Rangoon Lunatic Asylum 1893-1897 - 1893-1897
Year: 1893
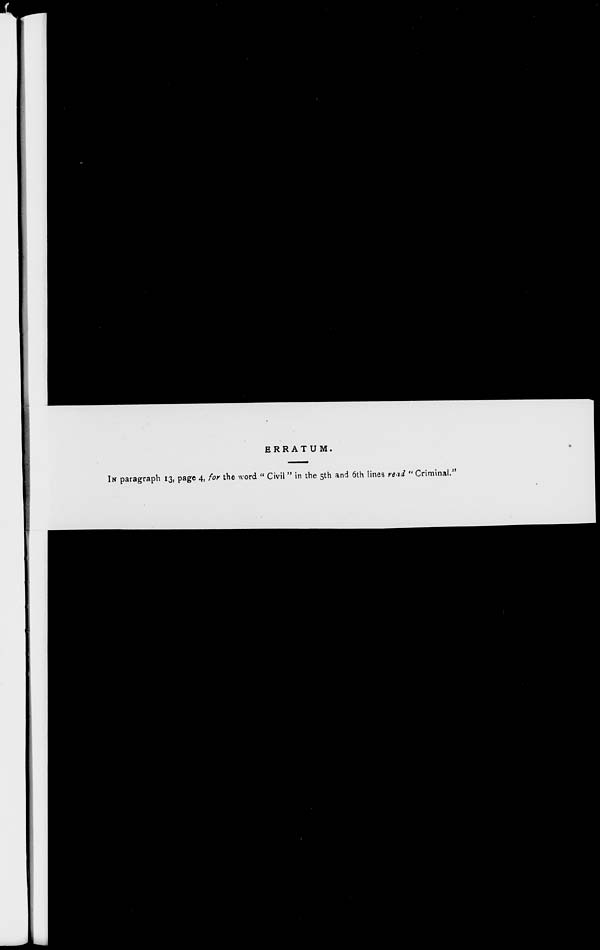
ERRATUM.
IN paragraph 13, page 4, for the word " Civil" in the 5th and 6th lines read " Criminal."